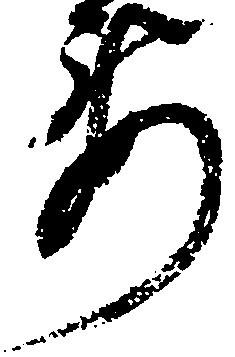
要